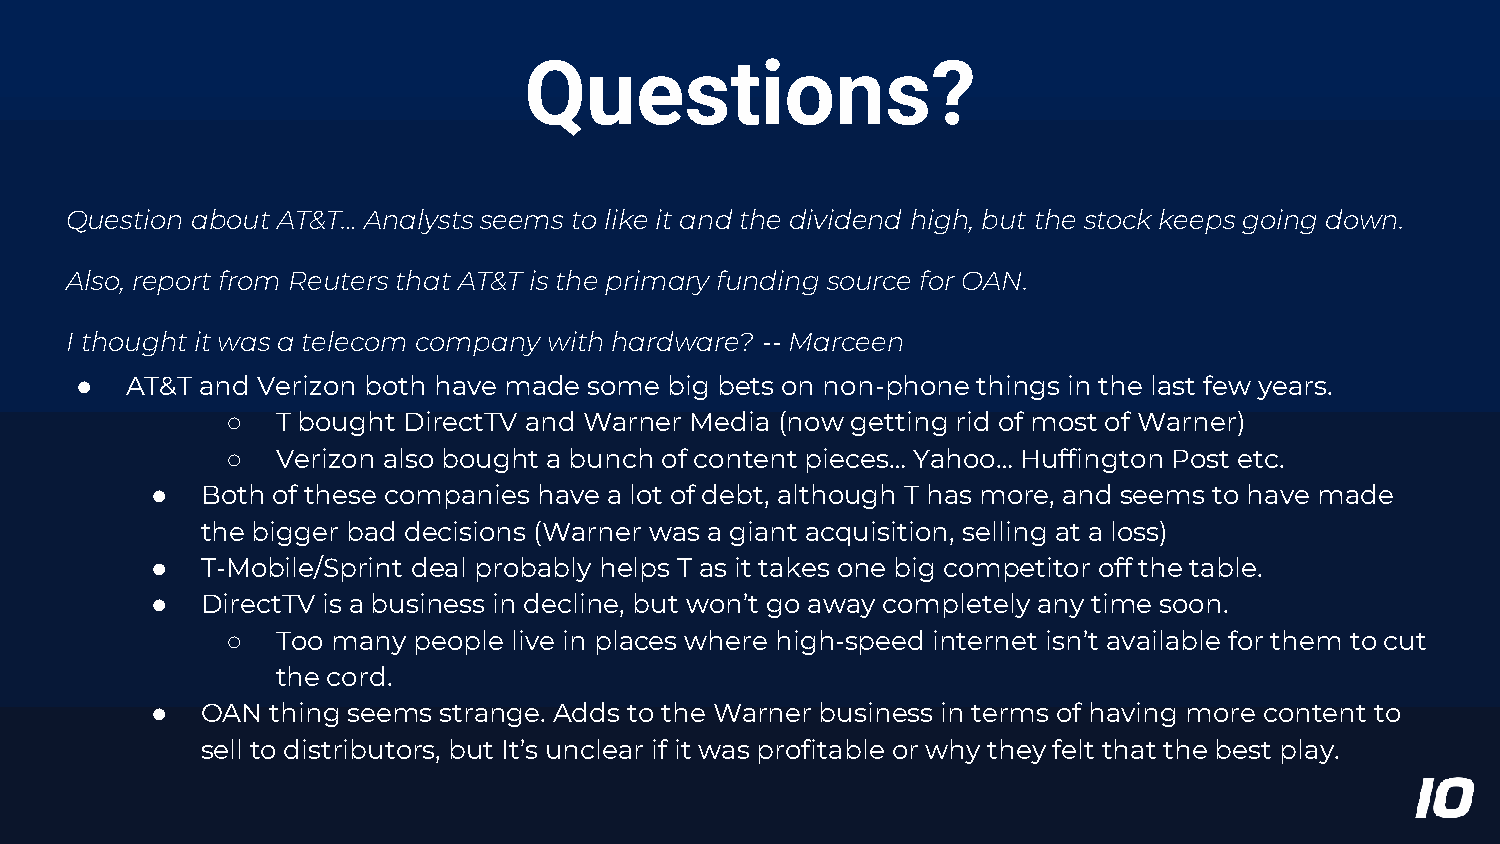
Questions?
 Question about AT&T… Analysts seems to like it and the dividend high, but the stock keeps going down.
 Also, report from Reuters that AT&T is the primary funding source for OAN.
 I thought it was a telecom company with hardware? -- Marceen
 ●  AT&T and Verizon both have made some big bets on non-phone things in the last few years.
 ○  T bought DirectTV and Warner Media (now getting rid of most of Warner)
 ○  Verizon also bought a bunch of content pieces… Yahoo… Huffington Post etc.
 ●  Both of these companies have a lot of debt, although T has more, and seems to have made
 the bigger bad decisions (Warner was a giant acquisition, selling at a loss)
 ●  T-Mobile/Sprint deal probably helps T as it takes one big competitor off the table.
 ●  DirectTV is a business in decline, but won’t go away completely any time soon.
 ○  Too many people live in places where high-speed internet isn’t available for them to cut
 the cord.
 ●  OAN  thing seems strange. Adds to the Warner business in terms of having more content to
 sell to distributors, but It’s unclear if it was profitable or why they felt that the best play.